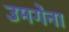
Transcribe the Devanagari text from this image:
उमगेना